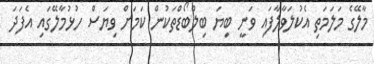
މާލޭގެ މަލަމަތި އެކުލަވާލާފައި ވަނީ ބިޔަ ބިލްބޯޑްތަކުން ކަމަށް ވިޔަސް ހުޅުމާލޭގައި އެފަދަ